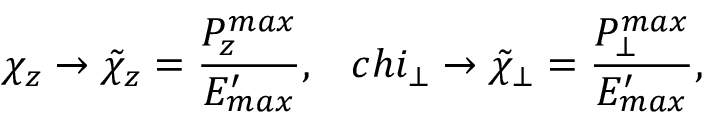
\chi _ { z } \rightarrow \tilde { \chi } _ { z } = \frac { P _ { z } ^ { m a x } } { E _ { m a x } ^ { \prime } } , \ \ \, c h i _ { \bot } \rightarrow \tilde { \chi } _ { \bot } = \frac { P _ { \bot } ^ { m a x } } { E _ { m a x } ^ { \prime } } ,